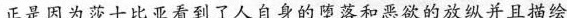
正是因为莎士比亚看到了人自身的堕落和恶欲的放纵并且描绘